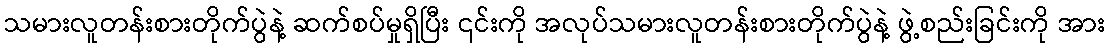
သမားလူတန်းစားတိုက်ပွဲနဲ့ ဆက်စပ်မှုရှိပြီး ၎င်းကို အလုပ်သမားလူတန်းစားတိုက်ပွဲနဲ့ ဖွဲ့စည်းခြင်းကို အား